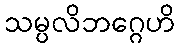
သမ္ပလိဘဂ္ဂေဟိ